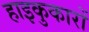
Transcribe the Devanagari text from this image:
हाइकुकारों